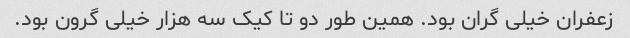
زعفران خیلی گران بود. همین طور دو تا کیک سه هزار خیلی گرون بود.